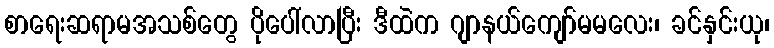
စာရေးဆရာမအသစ်တွေ ပိုပေါ်လာပြီး ဒီထဲက ဂျာနယ်ကျော်မမလေး၊ ခင်နှင်းယု၊